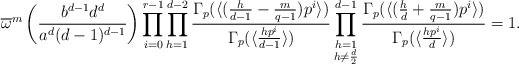
LaTeX: \begin{align*}\overline{\omega}^m\left(\frac{b^{d-1}d^d}{a^d(d-1)^{d-1}}\right)\prod_{i=0}^{r-1}\prod_{h=1}^{d-2}\frac{\Gamma_p(\langle(\frac{h}{d-1}-\frac{m}{q-1})p^i\rangle)}{\Gamma_p(\langle\frac{hp^i}{d-1}\rangle)}\prod_{\substack{h=1\\h\neq\frac{d}{2}}}^{d-1}\frac{\Gamma_p(\langle(\frac{h}{d}+\frac{m}{q-1})p^i\rangle)}{\Gamma_p(\langle\frac{hp^i}{d}\rangle)}=1.\end{align*}